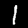
Digit: 1